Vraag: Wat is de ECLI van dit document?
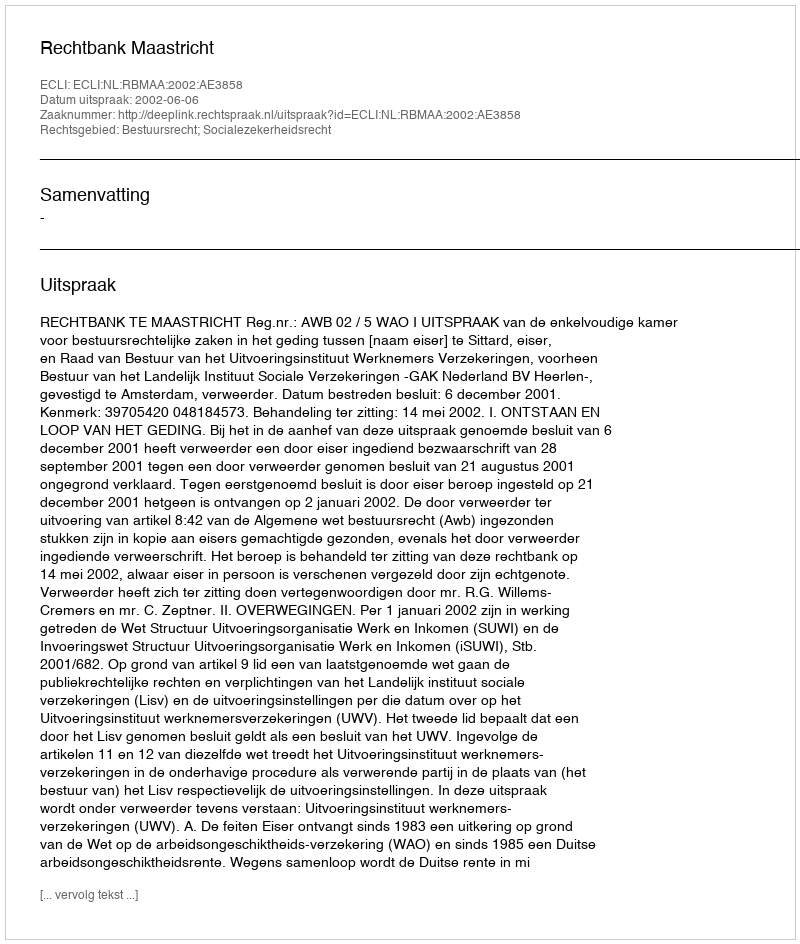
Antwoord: ECLI:NL:RBMAA:2002:AE3858